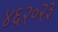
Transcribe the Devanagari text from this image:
४६२०२३